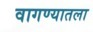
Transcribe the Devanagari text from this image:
वागण्यातला